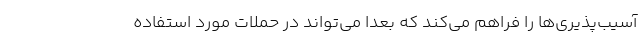
آسیب‌پذیری‌ها را فراهم می‌کند که بعداً می‌تواند در حملات مورد استفاده